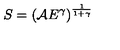
S = \left( { \cal A } E ^ { \gamma } \right) ^ { \frac { 1 } { 1 + \gamma } }